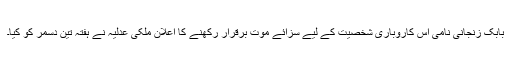
بابک زنجانی نامی اس کاروباری شخصیت کے لیے سزائے موت برقرار رکھنے کا اعلان ملکی عدلیہ نے ہفتہ تین دسمر کو کیا۔